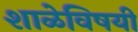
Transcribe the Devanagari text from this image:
शाळेविषयी